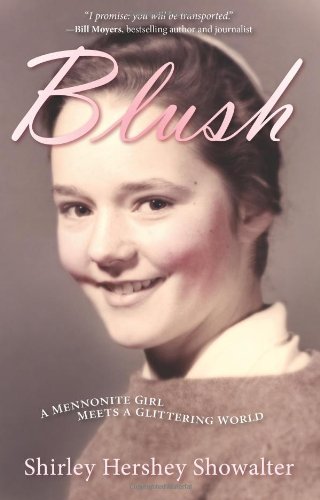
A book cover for Blush: A Mennonite Girl Meets a Glittering World; Shirley Showalter; Christian Books & Bibles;